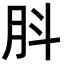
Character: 𦙒